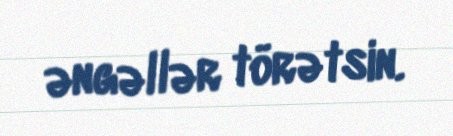
əngəllər törətsin.